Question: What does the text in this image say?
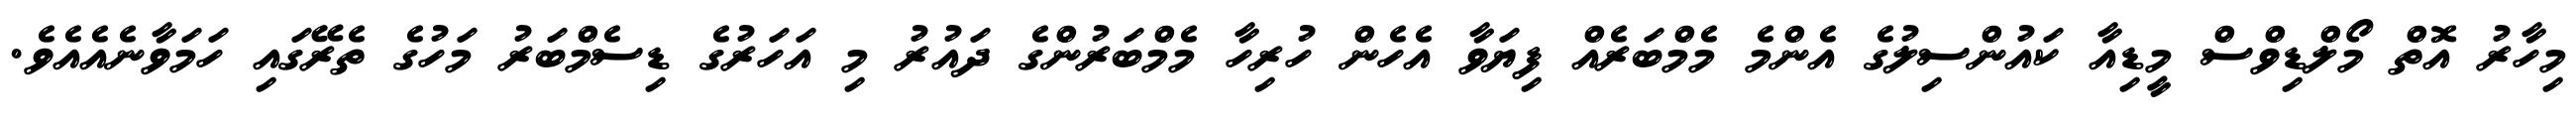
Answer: މިހާރު އޮތް މޯލްޑިވްސް މީޑިއާ ކައުންސިލުގެ އެންމެ މެމްބަރެއް ފިޔަވާ އެހެން ހުރިހާ މެމްބަރުންގެ ދައުރު މި އަހަރުގެ ޑިސެމްބަރު މަހުގެ ތެރޭގައި ހަމަވާނެއެއެވެ.